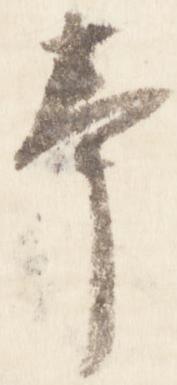
奉